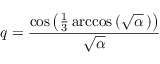
q = { \frac { \cos \left( { \frac { 1 } { 3 } } \operatorname { a r c c o s } \left( { \sqrt { \alpha } } \, \right) \right) } { \sqrt { \alpha } } }